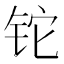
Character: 铊